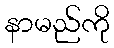
နာမည်ကို